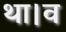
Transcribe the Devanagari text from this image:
था।व